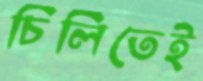
চিলিতেই